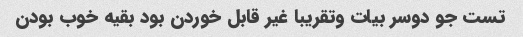
تست جو دوسر بیات وتقریبا غیر قابل خوردن بود بقیه خوب بودن